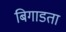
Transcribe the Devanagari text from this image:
बिगाडता